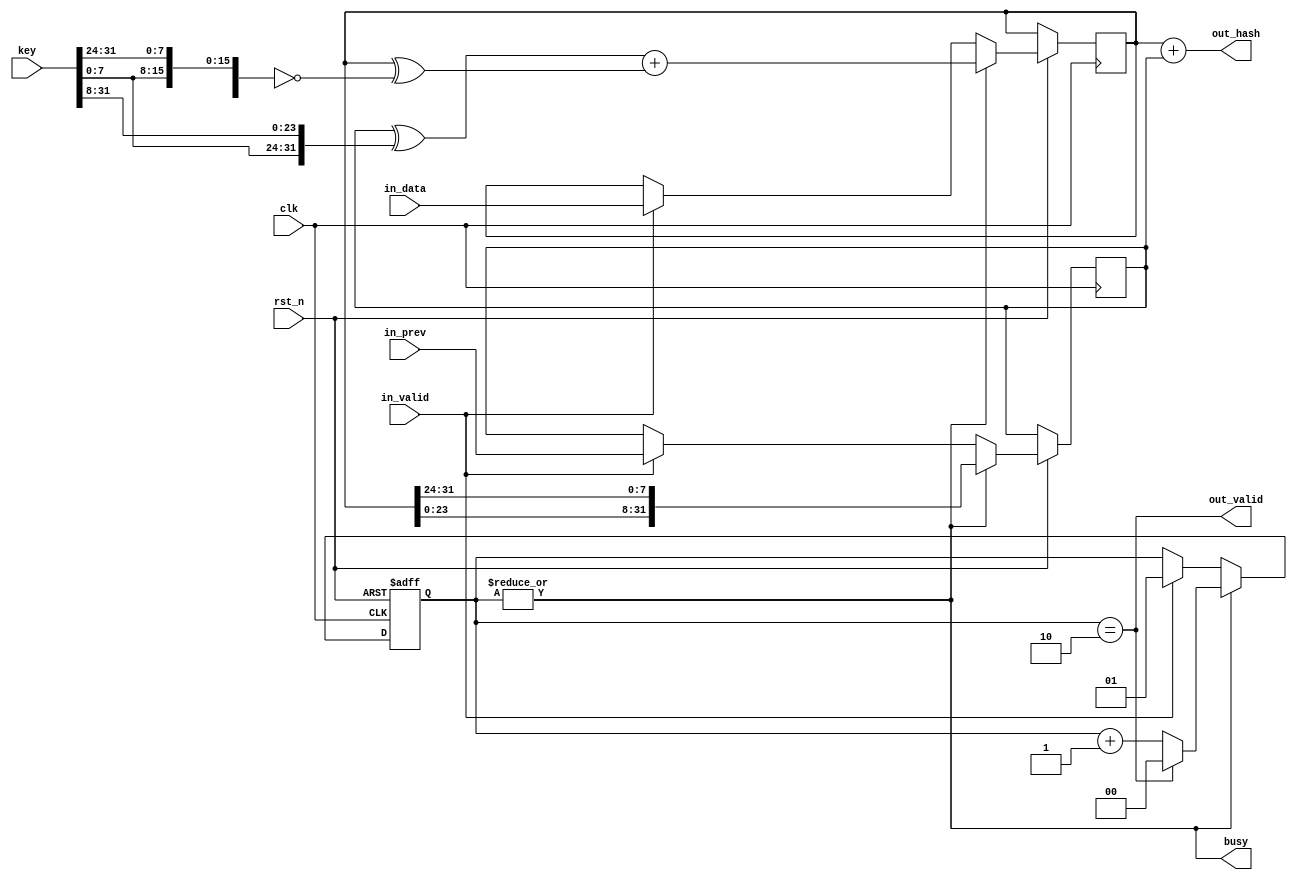
module hash_core (
  input clk, rst_n,
  
  input [31:0] key,

  input in_valid,
  input [31:0] in_data,
  input [31:0] in_prev,
  
  output busy,
  
  output out_valid,
  output [31:0] out_hash
);

  reg [1:0] cnt;
  reg [31:0] data, prev;

  wire [31:0] key_rot_right;
  wire [31:0] key_rot_left;

  assign key_rot_right = {key[7:0],key[31:8]};
  assign key_rot_left = {key[23:0],key[31:24]};

  always @(posedge clk or negedge rst_n) begin
    if (!rst_n) begin
      cnt <= 0;
    end else begin
      if (in_valid) begin
        cnt <= 1;
        data <= in_data;
        prev <= in_prev;
      end
      if (busy) begin
        data <= (prev ^ key_rot_right) + (data ^ ~key_rot_left);
        prev <= {data[23:0],data[31:24]};
        if (cnt == 2) begin
          cnt <= 2'b0;
        end else begin
          cnt <= cnt + 1'b1;
        end
      end
    end
  end

  assign out_valid = (cnt == 2);
  assign out_hash = data + prev;

  assign busy = (|cnt);

endmodule